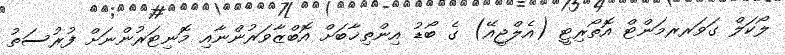
ލޯކަލް ގަވަރރމަންޓް އޮތޯރިޓީ (އެލްޖީއޭ) ގެ ބޯޑު އިންތިޚާބަށް އޮބްޒާވަރުންނާއި މޮނިޓަރުންނަށް ފުރުސަތު